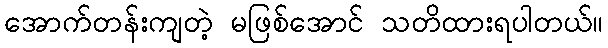
အောက်တန်းကျတဲ့ မဖြစ်အောင် သတိထားရပါတယ်။